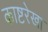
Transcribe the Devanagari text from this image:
काष्टरेखा